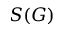
S ( G )